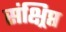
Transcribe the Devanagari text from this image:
संक्ष्रिप्त